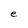
Character: e